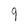
Character: 9